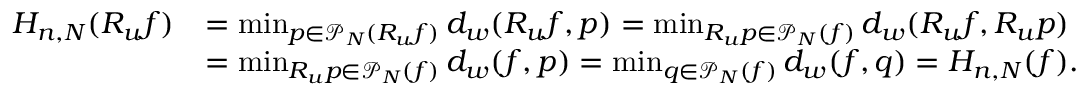
\begin{array} { r l } { H _ { n , N } ( R _ { u } f ) } & { = \operatorname* { m i n } _ { p \in \mathscr { P } _ { N } ( R _ { u } f ) } d _ { w } ( R _ { u } f , p ) = \operatorname* { m i n } _ { R _ { u } p \in \mathscr { P } _ { N } ( f ) } d _ { w } ( R _ { u } f , R _ { u } p ) } \\ & { = \operatorname* { m i n } _ { R _ { u } p \in \mathscr { P } _ { N } ( f ) } d _ { w } ( f , p ) = \operatorname* { m i n } _ { q \in \mathscr { P } _ { N } ( f ) } d _ { w } ( f , q ) = H _ { n , N } ( f ) . } \end{array}